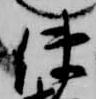
使